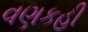
વણકહી